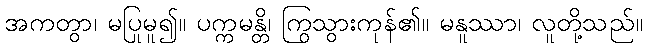
အကတွာ၊ မပြုမူ၍။ ပက္ကမန္တိ၊ ကြွသွားကုန်၏။ မနူဿာ၊ လူတို့သည်။